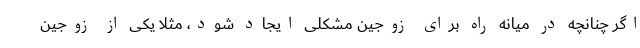
اگر چنانچه در میانه راه برای زوجین مشکلی ایجاد شود، مثلا یکی از زوجین